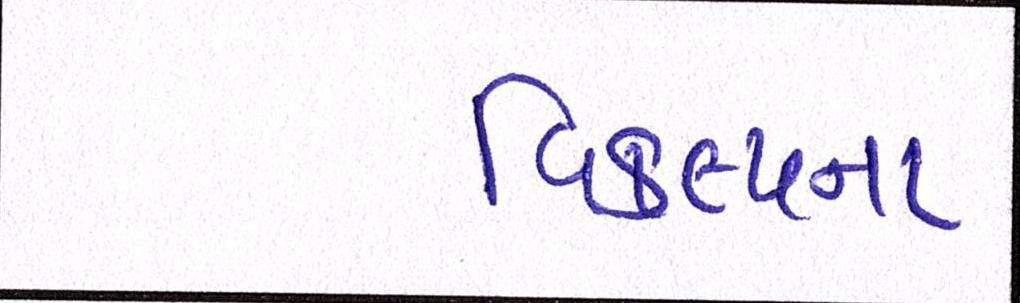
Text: વિકલ્પના